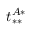
t _ { * * } ^ { A * }